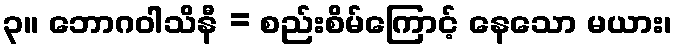
၃။ ဘောဂဝါသိနီ = စည်းစိမ်ကြောင့် နေသော မယား၊